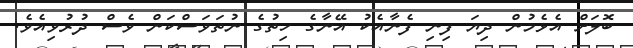
ބޮލަށް އެޅެމުން ދިޔަ ފިނި ފެނާއެކު އޭނާގެ ހިތުގެ ނުތަވަސްކަން ވެސް ދުރުވިއެވެ.